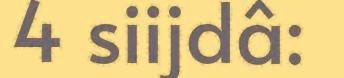
4 siijdâ: